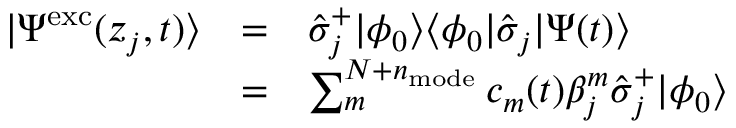
\begin{array} { c c l } { | \Psi ^ { \mathrm { e x c } } ( z _ { j } , t ) \rangle } & { = } & { \hat { \sigma } _ { j } ^ { + } | \phi _ { 0 } \rangle \langle \phi _ { 0 } | \hat { \sigma } _ { j } | \Psi ( t ) \rangle } \\ & { = } & { \sum _ { m } ^ { N + n _ { \mathrm { m o d e } } } c _ { m } ( t ) \beta _ { j } ^ { m } \hat { \sigma } _ { j } ^ { + } | \phi _ { 0 } \rangle } \end{array}